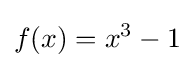
f(x)=x^{3}-1